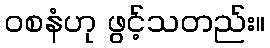
ဝစနံဟု ဖွင့်သတည်း။